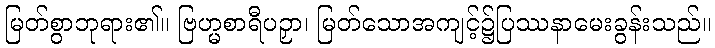
မြတ်စွာဘုရား၏။ ဗြဟ္မစာရီပဉှာ၊ မြတ်သောအကျင့်၌ပြဿနာမေးခွန်းသည်။